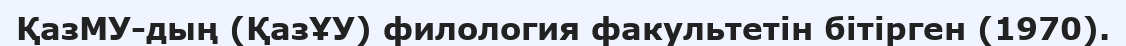
ҚазМУ-дың (ҚазҰУ) филология факультетін бітірген (1970).